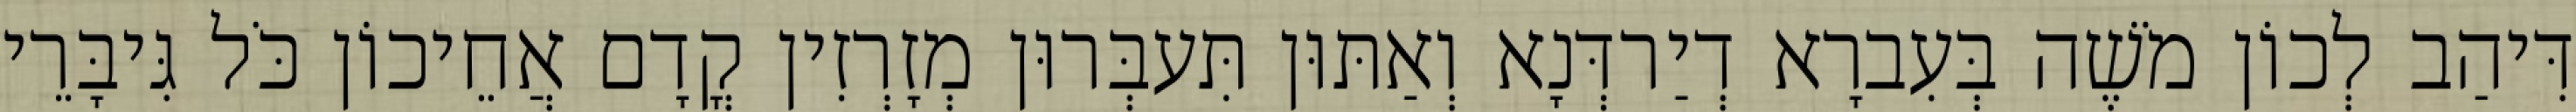
דִּיהַב לְכוֹן מֹשֶׁה בְּעִברָא דְיַרדְּנָא וְאַתּוּן תִּעבְּרוּן מְזָרְזִין קֳדָם אֲחֵיכוֹן כֹּל גִּיבָּרֵי